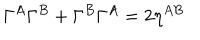
LaTeX: \Gamma ^ { A } \Gamma ^ { B } + \Gamma ^ { B } \Gamma ^ { A } = 2 \eta ^ { A B }